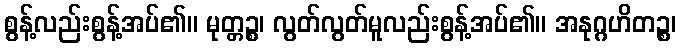
စွန့်လည်းစွန့်အပ်၏။ မုတ္တဉ္စ၊ လွတ်လွတ်မူလည်းစွန့်အပ်၏။ အနုဂ္ဂဟိတဉ္စ၊